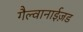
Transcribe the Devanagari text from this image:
गैल्वानाईज़ड